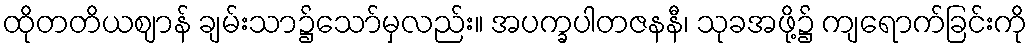
ထိုတတိယဈာန် ချမ်းသာ၌သော်မှလည်း။ အပက္ခပါတဇနနီ၊ သုခအဖို့၌ ကျရောက်ခြင်းကို